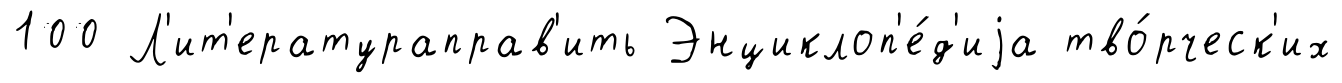
100 Л'ит'ератураправ'ить Энциклоп'е́д'иjа тво́рческ'их